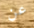
عن